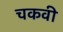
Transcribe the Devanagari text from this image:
चकवी